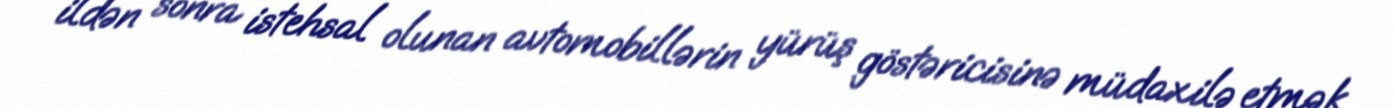
ildən sonra istehsal olunan avtomobillərin yürüş göstəricisinə müdaxilə etmək